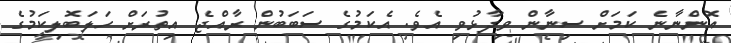
އޮންނާނެ ކަމަށް ސިނާން ވިދާޅުވި އެވެ. އެކަމުގެ ސަބަބުން ރާއްޖެ އިތުރަށް ހަލަބޮލިކަމުގެ